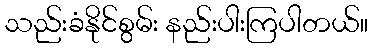
သည်းခံနိုင်စွမ်း နည်းပါးကြပါတယ်။